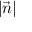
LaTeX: | { \vec { n } } |